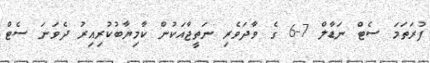
ފުރަތަމަ ސެޓް ނަޑާލް 7-6 ގެ ވާދަވެރި ނަތީޖާއަކުން ކާމިޔާބުކުރިއިރު ދެވަނަ ސެޓް